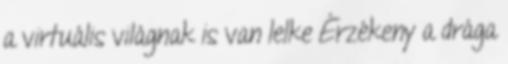
a virtuális világnak is van lelke Érzékeny a drága